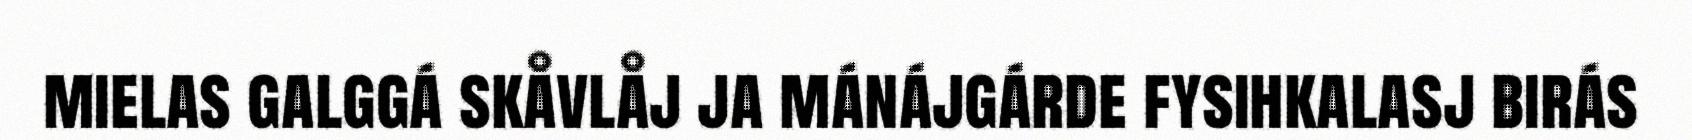
mielas galggá skåvlåj ja mánájgárde fysihkalasj birás